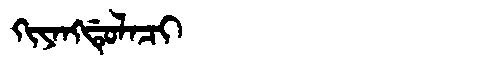
Manchu: ᡴᡳᠶᠠᠩᡩᡠᠯᠠᠴᡳ
Romanization: KIYANGDULACI